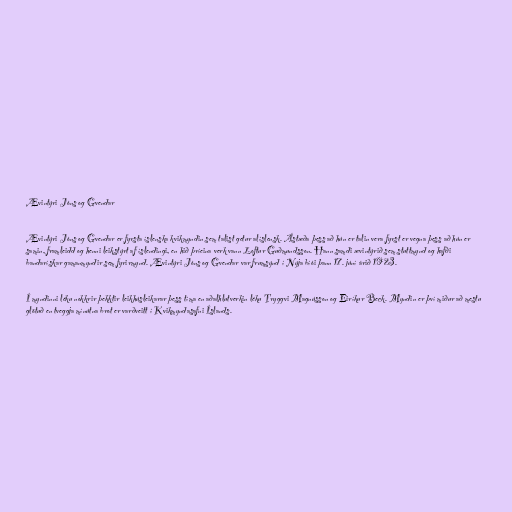
Ævintýri Jóns og Gvendar

Ævintýri Jóns og Gvendar er fyrsta íslenska kvikmyndin sem talist getur alíslensk. Ástæða þess að hún er talin vera fyrst er vegna þess að hún er
samin, framleidd og henni leikstýrt af íslendingi, en hið þríeina verk vann Loftur Guðmundsson. Hann samdi ævintýrið sem stuttmynd og hafði
bandarískar gamanmyndir sem fyrirmynd. Ævintýri Jóns og Gvendar var frumsýnd í Nýja bíói þann 17. júní árið 1923.

Í myndinni léku nokkrir þekktir leikhúsleikarar þess tíma en aðalhlutverkin léku Tryggvi Magnússon og Eiríkur Beck. Myndin er því miður að mestu
glötuð en tveggja mínútna brot er varðveitt í Kvikmyndasafni Íslands.